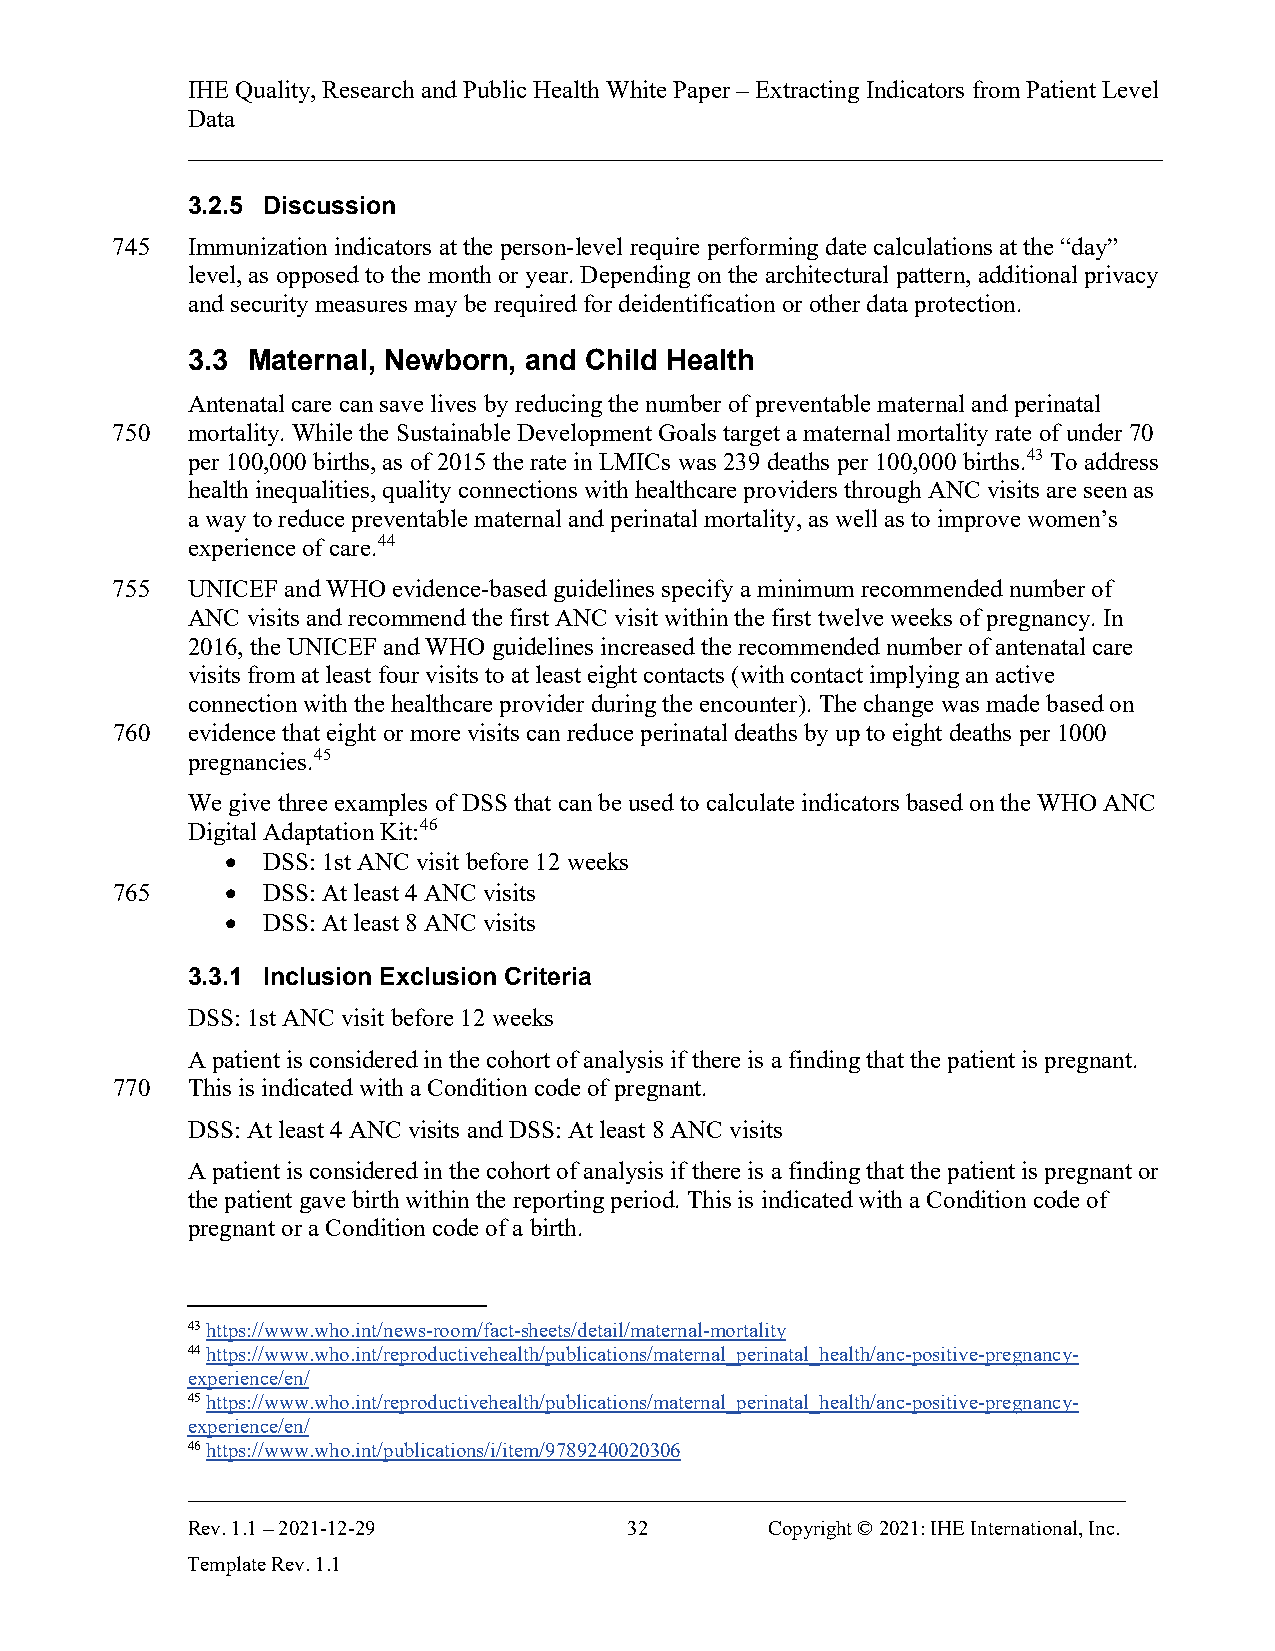
IHE Quality, Research and Public Health White Paper – Extracting Indicators from Patient Level
 Data
 ______________________________________________________________________________
 3.2.5 Discussion
 745  Immunization indicators at the person-level require performing date calculations at the “day”
 level, as opposed to the month or year. Depending on the architectural pattern, additional privacy
 and security measures may be required for deidentification or other data protection.
 3.3 Maternal, Newborn, and Child Health
 Antenatal care can save lives by reducing the number of preventable maternal and perinatal
 750  mortality. While the Sustainable Development Goals target a maternal mortality rate of under 70
 per 100,000 births, as of 2015 the rate in LMICs was 239 deaths per 100,000 births.43 To address
 health inequalities, quality connections with healthcare providers through ANC visits are seen as
 a way to reduce preventable maternal and perinatal mortality, as well as to improve women’s
 experience of care.44
 755  UNICEF and WHO evidence-based guidelines specify a minimum recommended number of
 ANC visits and recommend the first ANC visit within the first twelve weeks of pregnancy. In
 2016, the UNICEF and WHO guidelines increased the recommended number of antenatal care
 visits from at least four visits to at least eight contacts (with contact implying an active
 connection with the healthcare provider during the encounter). The change was made based on
 760  evidence that eight or more visits can reduce perinatal deaths by up to eight deaths per 1000
 pregnancies.45
 We give three examples of DSS that can be used to calculate indicators based on the WHO ANC
 Digital Adaptation Kit:46
 • DSS: 1st ANC visit before 12 weeks
 765     • DSS: At least 4 ANC visits
 • DSS: At least 8 ANC visits
 3.3.1 Inclusion Exclusion Criteria
 DSS: 1st ANC visit before 12 weeks
 A patient is considered in the cohort of analysis if there is a finding that the patient is pregnant.
 770  This is indicated with a Condition code of pregnant.
 DSS: At least 4 ANC visits and DSS: At least 8 ANC visits
 A patient is considered in the cohort of analysis if there is a finding that the patient is pregnant or
 the patient gave birth within the reporting period. This is indicated with a Condition code of
 pregnant or a Condition code of a birth.
 43 https://www.who.int/news-room/fact-sheets/detail/maternal-mortality
 44 https://www.who.int/reproductivehealth/publications/maternal_perinatal_health/anc-positive-pregnancy-
 experience/en/
 45 https://www.who.int/reproductivehealth/publications/maternal_perinatal_health/anc-positive-pregnancy-
 experience/en/
 46 https://www.who.int/publications/i/item/9789240020306
 ___________________________________________________________________________
 Rev. 1.1 – 2021-12-29         32       Copyright © 2021: IHE International, Inc.
 Template Rev. 1.1